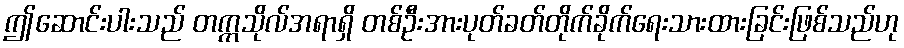
ဤဆောင်းပါးသည် တက္ကသိုလ်အရာရှိ တစ်ဦးအားပုတ်ခတ်တိုက်ခိုက်ရေးသားထားခြင်းဖြစ်သည်ဟု